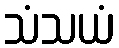
သံသယံ